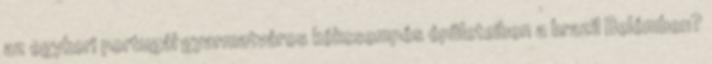
az egykori portugál gyarmatváros kékcsempés épületeiben a brazil Belémben?